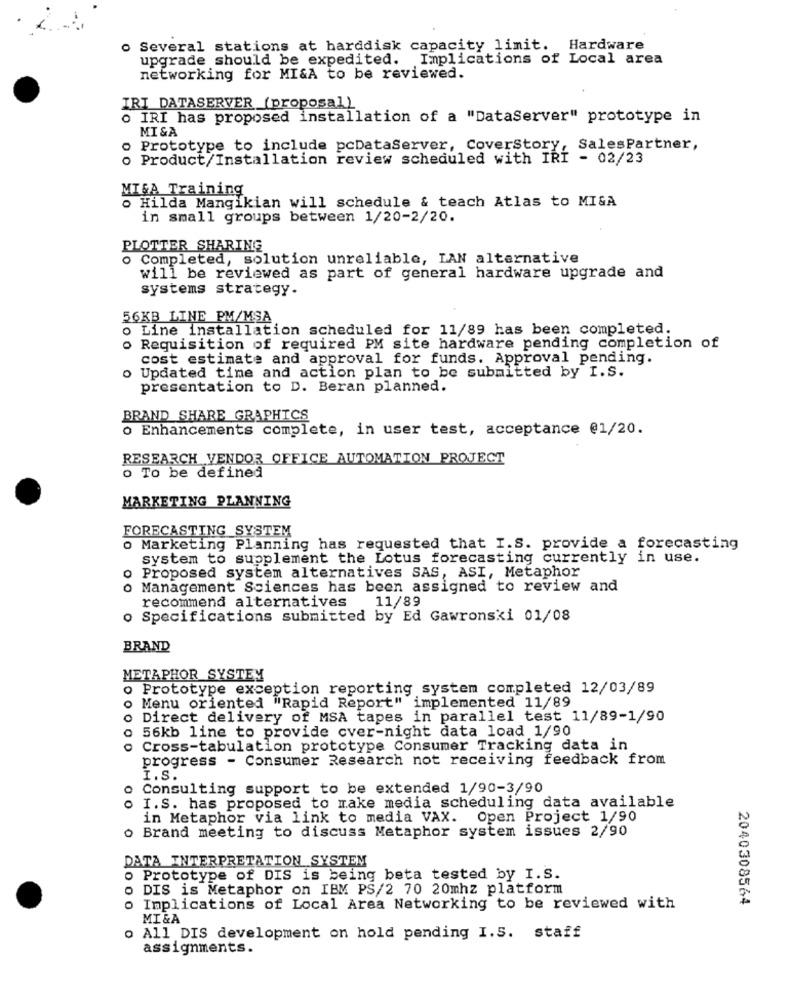
o Several stations at harddisk capacity limit. Hardware
upgrade should be expedited. Implications of Local area
networking for MI&A to be reviewed.
IRI DATASERVER (proposal)
. IRI has proposed installation of a "DataServer" prototype in
MI &A
o Prototype to include pcDataServer, CoverStory, SalesPartner,
o Product/Installation review scheduled with IRI - 02/23
MIGA Training
o Hilda Mangikian will schedule & teach Atlas to MIGA
in small groups between 1/20-2/20.
PLOTTER SHARING
o Completed, solution unreliable, LAN alternative
will be reviewed as part of general hardware upgrade and
systems strategy.
56KB LINE PM/MSA
o Line installation scheduled for 11/89 has been completed.
Requisition of required PM site hardware pending completion of
cost estimate and approval for funds. Approval pending.
Updated time and action plan to be submitted by I.S.
presentation to D. Beran planned.
BRAND SHARE GRAPHICS
o Enhancements complete, in user test, acceptance @1/20.
RESEARCH VENDOR OFFICE AUTOMATION PROJECT
o To be defined
MARKETING PLANNING
FORECASTING SYSTEM
Marketing Planning has requested that I.S. provide a forecasting
system to supplement the Lotus forecasting currently in use.
o Proposed system alternatives SAS, ASI, Metaphor
o Management Sciences has been assigned to review and
recommend alternatives
11/89
o Specifications submitted by Ed Gawronski 01/08
BRAND
METAPHOR SYSTEM
o Prototype exception reporting system completed 12/03/89
o Menu oriented "Rapid Report" implemented 11/89
o Direct delivery of MSA tapes in parallel test 11/89-1/90
o 56kb line to provide cver-night data load 1/90
o Cross-tabulation prototype Consumer Tracking data in
progress - Consumer Research not receiving feedback from
I.S.
o Consulting support to be extended 1/90-3/90
. I.S. has proposed to make media scheduling data available
in Metaphor via link to media VAX. Open Project 1/90
o Brand meeting to discuss Metaphor system issues 2/90
DATA INTERPRETATION SYSTEM
. Prototype of DIS is being beta tested by I.S.
o DIS is Metaphor on IBM PS/2 70 20mhz platform
o Implications of Local Area Networking to be reviewed with
2040308564
MI&A
o All DIS development on hold pending I.S. staff
assignments.